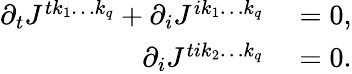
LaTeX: \begin{array}{rl}{\partial_{t}J^{tk_{1}\ldots k_{q}}+\partial_{i}J^{ik_{1}\ldots k_{q}}}&{{}=0,}\\ {\partial_{i}J^{tik_{2}\ldots k_{q}}}&{{}=0.}\end{array}